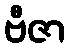
ဗီဇာ